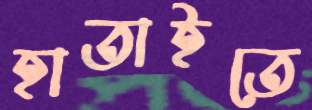
হাতাইতে